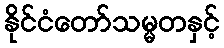
နိုင်ငံတော်သမ္မတနှင့်